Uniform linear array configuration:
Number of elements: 32
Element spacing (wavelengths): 0.75
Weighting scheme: hann
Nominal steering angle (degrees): -60
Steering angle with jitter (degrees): -59.753
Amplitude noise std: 0.05
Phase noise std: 0.05

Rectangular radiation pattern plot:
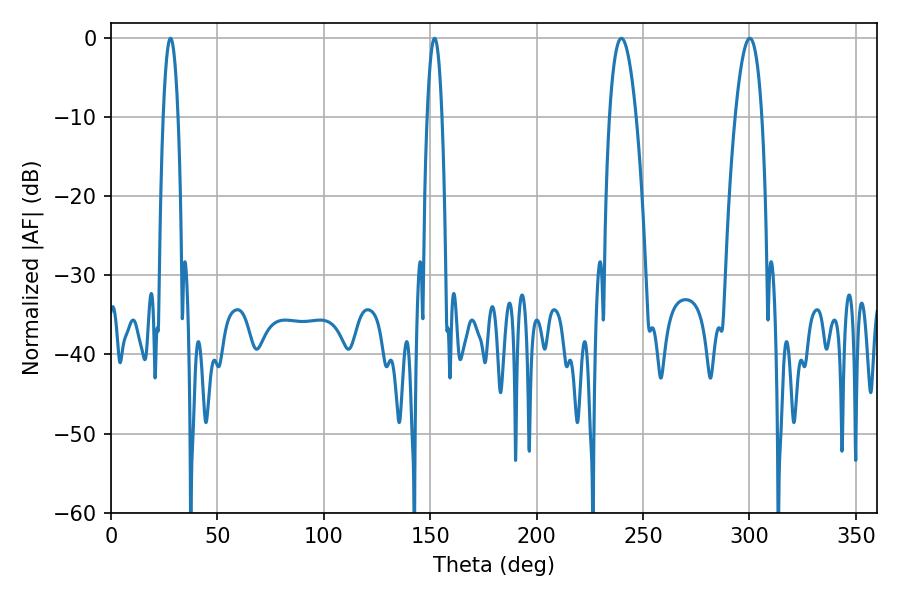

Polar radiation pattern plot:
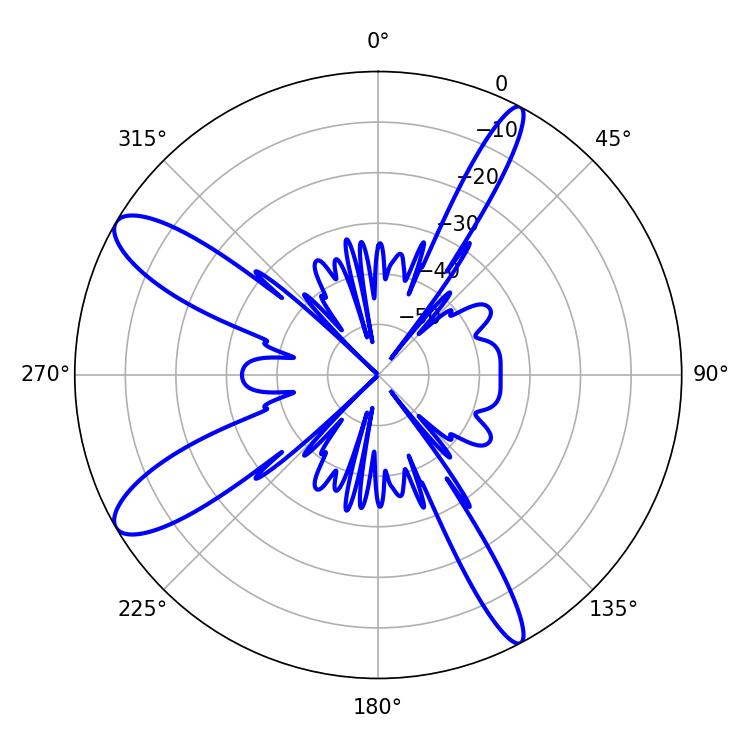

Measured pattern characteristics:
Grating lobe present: TRUE
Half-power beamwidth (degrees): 7.02
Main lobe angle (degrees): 300.24